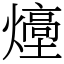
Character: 㸀